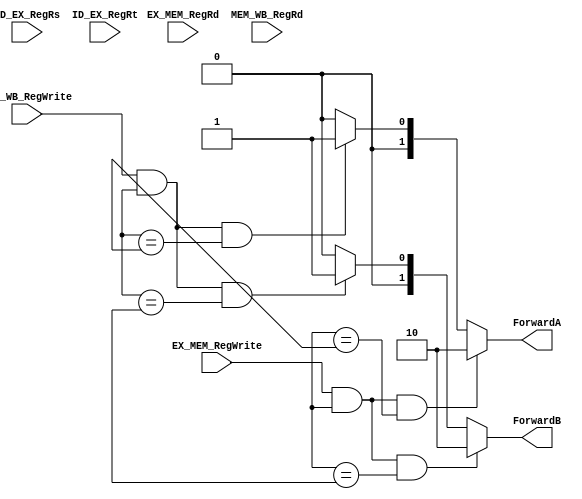
module Forward(

	//MODULE INPUTS
	input [4:0] ID_EX_RegRs,
	input [4:0] ID_EX_RegRt,
	input [4:0] EX_MEM_RegRd,
	input [4:0] MEM_WB_RegRd,
	input 		EX_MEM_RegWrite,
	input 		MEM_WB_RegWrite,

	//MODULE OUTPUTS
	output [1:0] ForwardA,
	output [1:0] ForwardB
);


 reg [1:0] ForwardA_tmp;
 reg [1:0] ForwardB_tmp;

	always @(ID_EX_Rs, ID_EX_Rt, EX_MEM_Rd, MEM_WB_Rd, EX_MEM_RegWrite, MEM_WB_RegWrite) begin
		ForwardA_tmp = 2'b00;
		ForwardB_tmp = 2'b00;
	
		if((EX_MEM_RegWrite == 1'b1) && (EX_MEM_Rd != 5'b00000) && (EX_MEM_Rd == ID_EX_Rs)) begin
			ForwardA_tmp = 2'b10;
		end else if((MEM_WB_RegWrite == 1'b1) && (MEM_WB_Rd != 5'b00000) && (MEM_WB_Rd == ID_EX_Rs)) begin
			ForwardA_tmp = 2'b01;
		end
		
		if((EX_MEM_RegWrite == 1'b1) && (EX_MEM_Rd != 5'b00000) && (EX_MEM_Rd == ID_EX_Rt)) begin
			ForwardB_tmp = 2'b10;
		end else if((MEM_WB_RegWrite == 1'b1) && (MEM_WB_Rd != 5'b00000) && (MEM_WB_Rd == ID_EX_Rt)) begin
			ForwardB_tmp = 2'b01;
		end
	end

	assign ForwardA = ForwardA_tmp;
	assign ForwardB = ForwardB_tmp;
endmodule